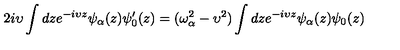
2 i \upsilon \int d z e ^ { - i \upsilon z } \psi _ { \alpha } ( z ) \psi _ { 0 } ^ { \prime } ( z ) = ( \omega _ { \alpha } ^ { 2 } - \upsilon ^ { 2 } ) \int d z e ^ { - i \upsilon z } \psi _ { \alpha } ( z ) \psi _ { 0 } ( z )